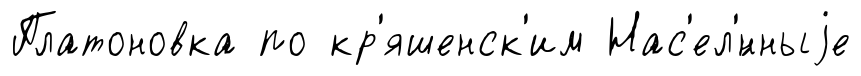
Платоновка по кр'яшенск'им Нас'ел'́нныjе